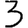
Digit: 3